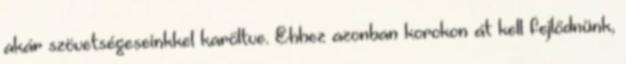
akár szövetségeseinkkel karöltve. Ehhez azonban korokon át kell fejlődnünk,